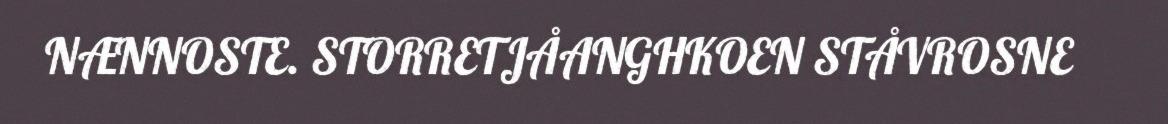
NÆNNOSTE. STORRETJÅANGHKOEN STÅVROSNE